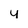
Character: y